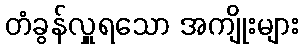
တံခွန်လှူရသော အကျိုးများ